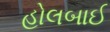
હોલબાઈ